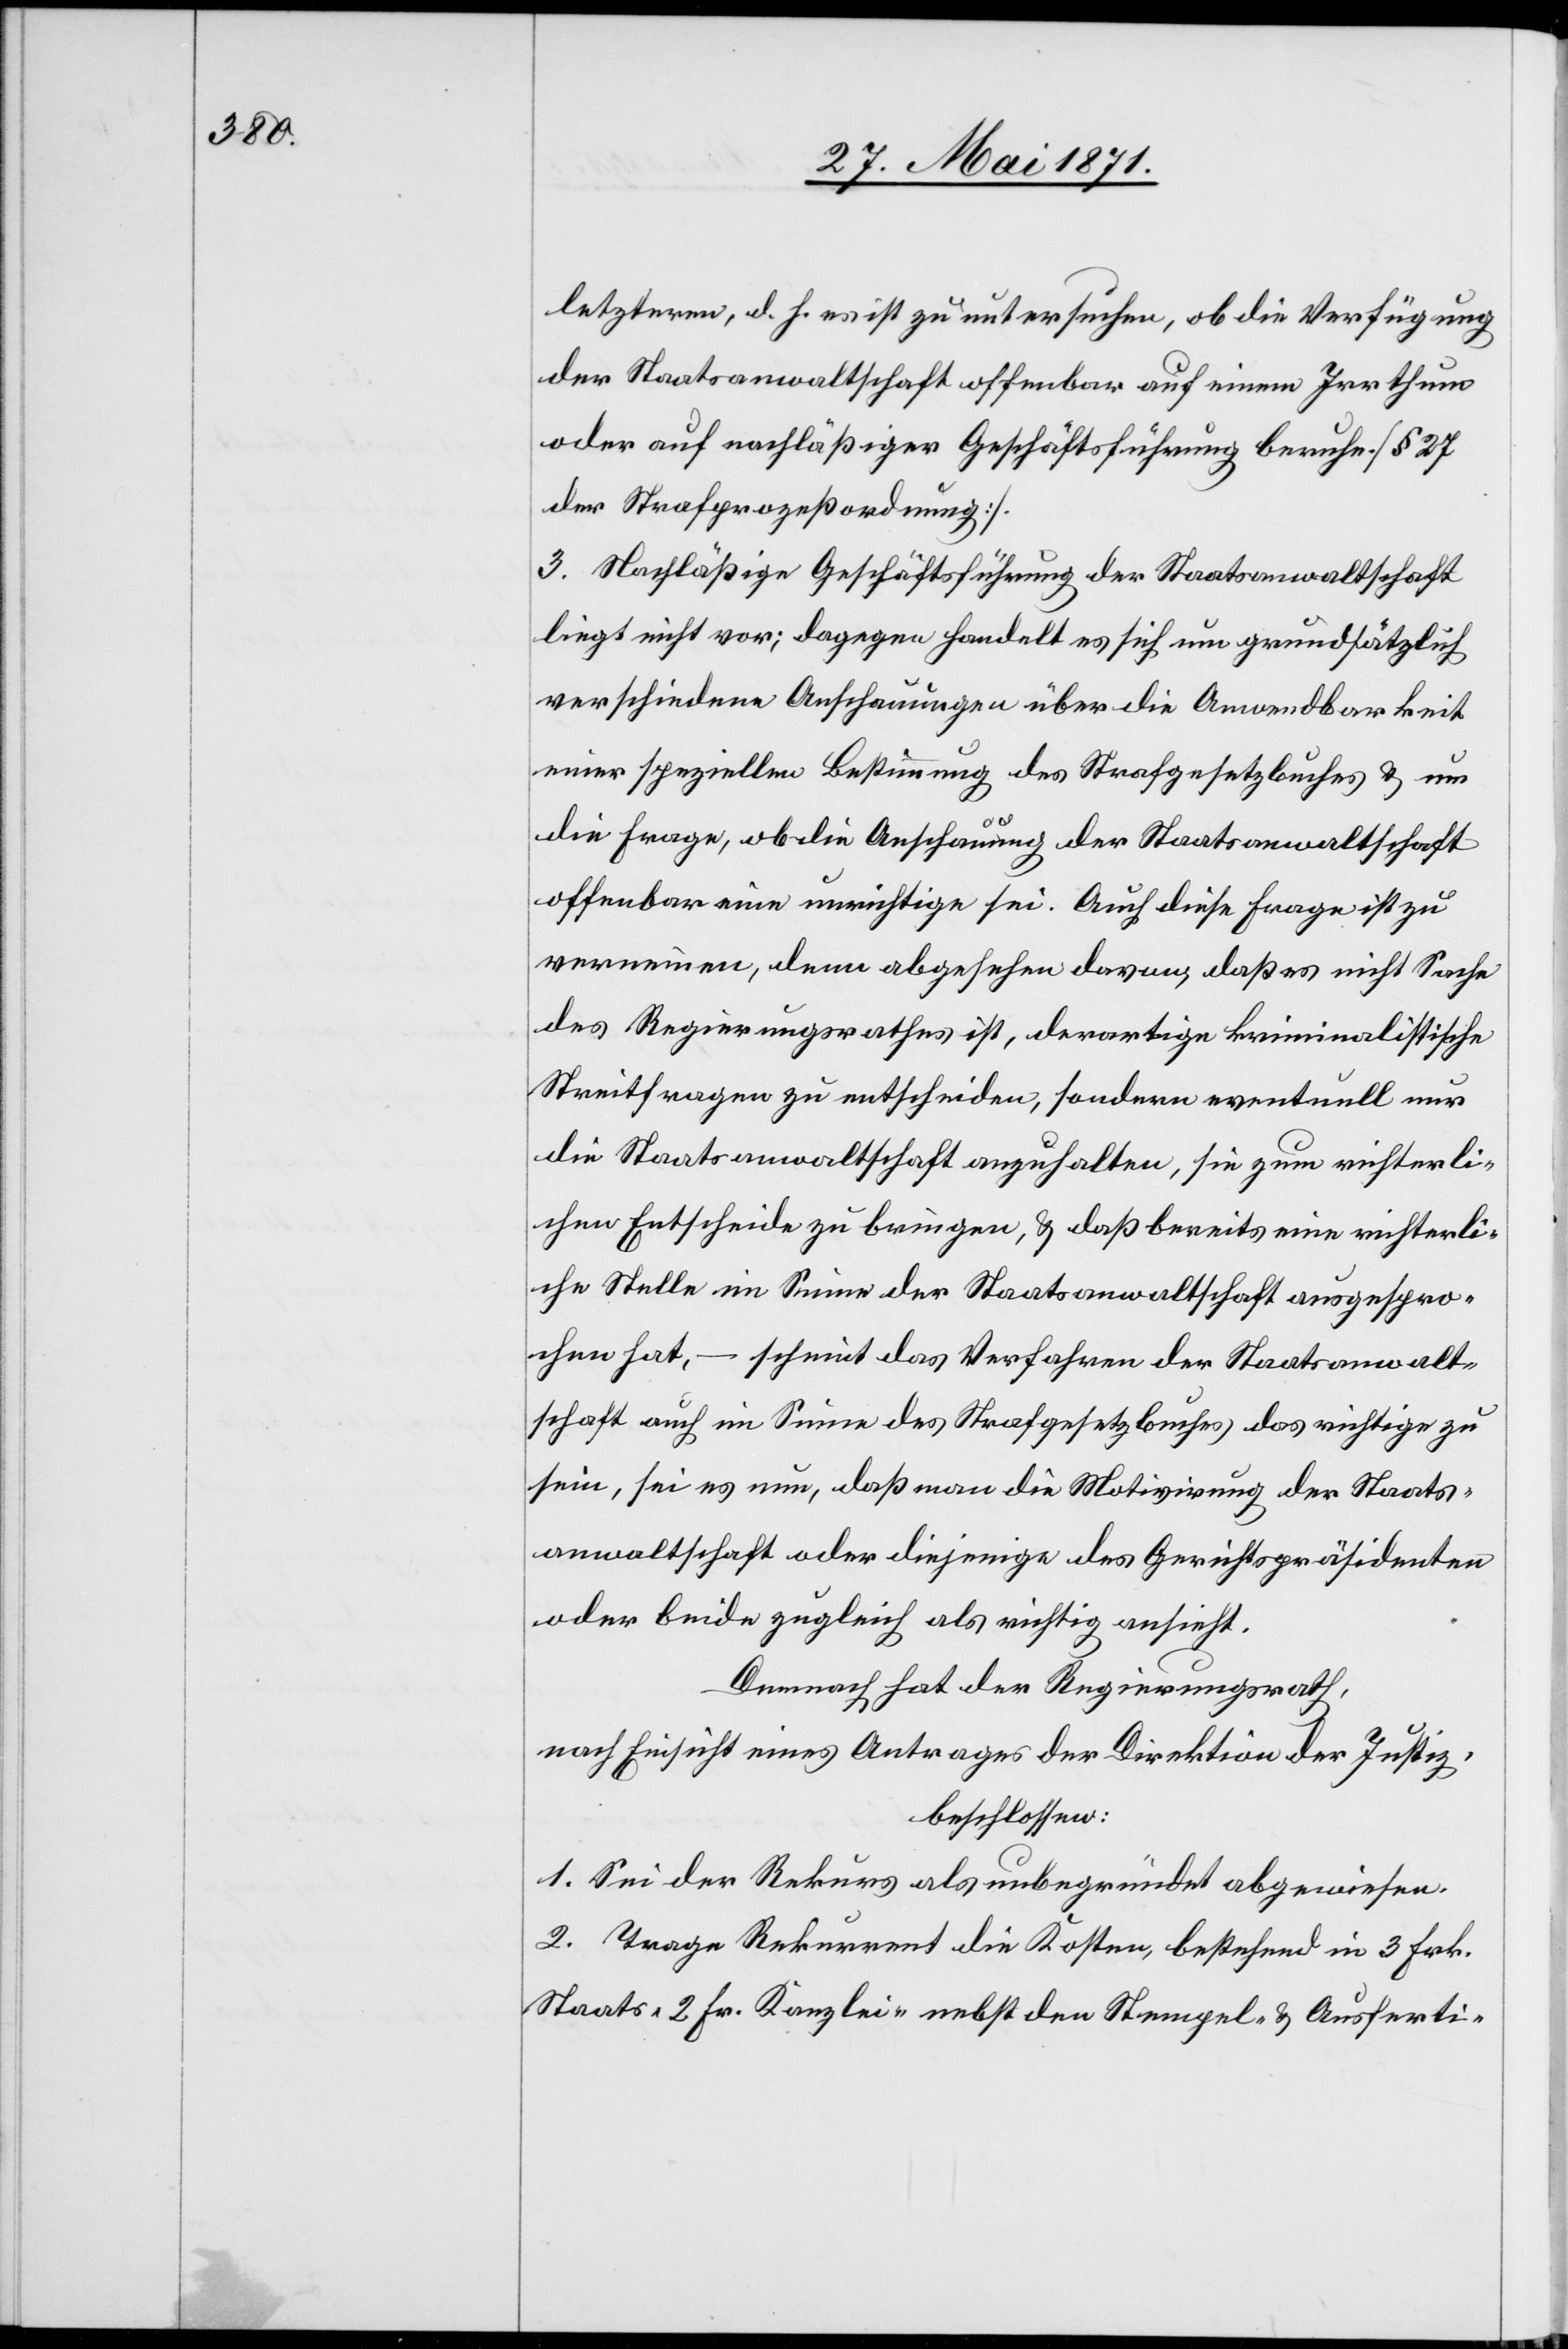
letzteren, d. h. es ist zu untersuchen, ob die Verfügung
der Staatsanwaltschaft offenbar auf einem Irrthum
oder auf nachläßiger Geschäftsführung beruhe. [§ 27
der Strafprozeßordnung].
3. Nachläßige Geschäftsführung der Staatsanwaltschaft
liegt nicht vor; dagegen handelt es sich um grundsätzlich
verschiedene Anschauungen über die Anwendbarkeit
einer speziellen Bestimmung des Strafgesetzbuches u. um
die Frage, ob die Anschauung der Staatsanwaltschaft
offenbar eine unrichtige sei. Auch diese Frage ist zu
verneinen, denn abgesehen davon, daß es nicht Sache
des Regierungsrathes ist, derartige kriminalistische
Streitfragen zu entscheiden, sondern eventuell nur
die Staatsanwaltschaft anzuhalten, sie zum richterli¬
chen Entscheide zu bringen, u. daß bereits eine richterli¬
che Stelle im Sinne der Staatsanwaltschaft ausgespro¬
chen hat, – scheint das Verfahren der Staatsanwalt¬
schaft auch im Sinne des Strafgesetzbuches das richtige zu
sein, sei es nur, daß man die Motivirung der Staats¬
anwaltschaft oder diejenige des Gerichtspräsidenten
oder beide zugleich als richtig ansieht.
Demnach hat der Regierungsrath,
nach Einsicht eines Antrages der Direktion der Justiz,
beschlossen:
1. Sei der Rekurs als unbegründet abgewiesen.
2. Trage Rekurrent die Kosten, bestehend in 3 Frk.
Staats-[,] 2 Fr. Kanzlei- nebst den Stempel- u. Ausferti-